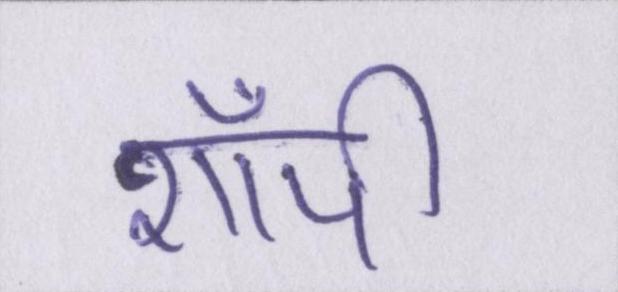
शॉपी